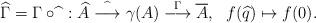
LaTeX: \begin{align*}\widehat{\Gamma}=\Gamma\circ \widehat{}\ :\widehat{A}\overset{\widehat{}}{\longrightarrow}\gamma(A)\overset{\Gamma}{\longrightarrow} \overline{A},\ \ f(\widehat{q})\mapsto f(0).\end{align*}